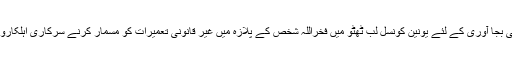
یاد رہے کہ ٹی ایم او ٹیکسلا کی سرکاری کار پر اس وقت فائرنگ کی گئی جب وہ سرکاری ڈیوٹی کی بجا آوری کے لئے یونین کونسل لب ٹھٹو میں فخراللہ شخص کے پلازہ میں غیر قانونی تعمیرات کو مسمار کرنے سرکاری اہلکارو ں کے ہمراہ وہاں پہنچے،دوسری جانب سے بھرپور مذاحمت کرتے ہوئے عملہ پر فائرنگ کی گئی۔